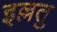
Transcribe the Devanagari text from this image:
इल्लतु